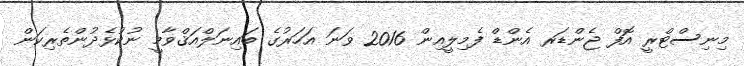
މިނިސްޓްރީ އޮފް ޖެންޑަރ އެންޑް ފެމިލީއިން 2016 ވަނަ އަހަރުގެ ބައިނަލްއަޤްވާމީ ނުކުޅެދުންތެރިކަން